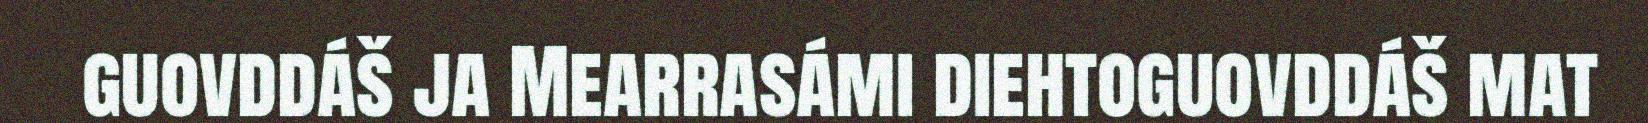
guovddáš ja Mearrasámi diehtoguovddáš mat